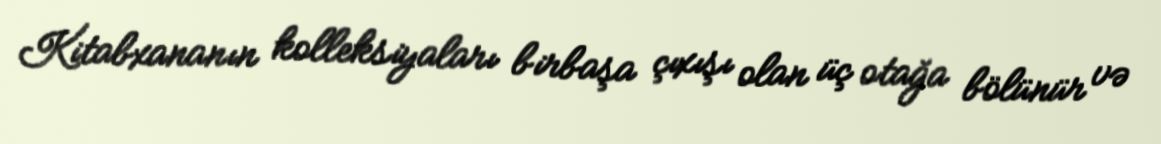
Kitabxananın kolleksiyaları birbaşa çıxışı olan üç otağa bölünür və